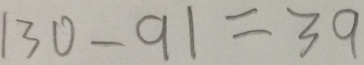
1 3 0 - 9 1 = 3 9